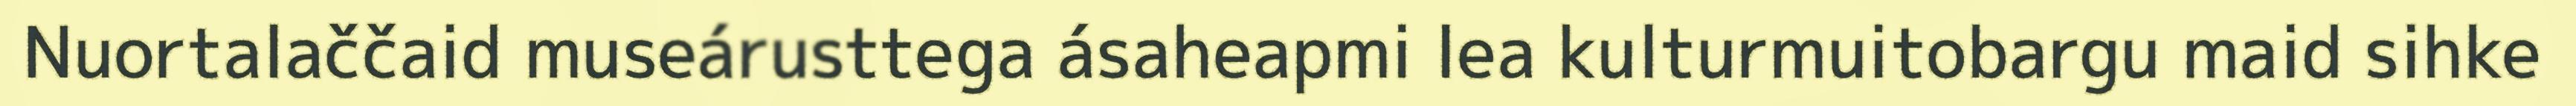
Nuortalaččaid museárusttega ásaheapmi lea kulturmuitobargu maid sihke